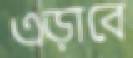
এড়াবে